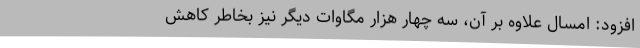
افزود: امسال علاوه بر آن، سه چهار هزار مگاوات دیگر نیز بخاطر کاهش